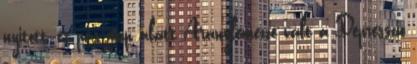
nyitott, és pár nap alatt Aranylemezzé vált a Depresszió